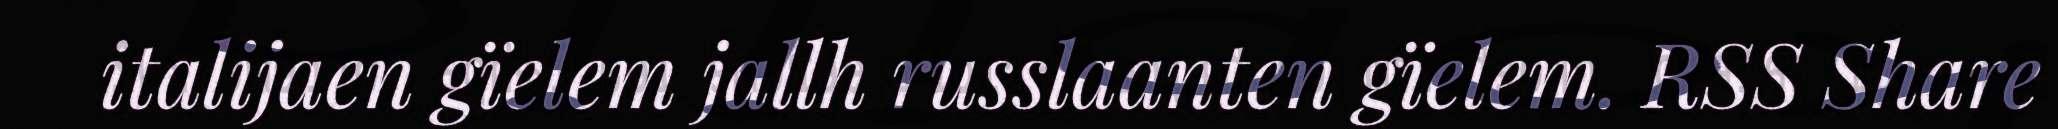
italijaen gïelem jallh russlaanten gïelem. RSS Share